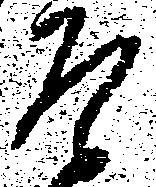
そ